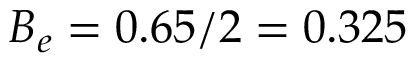
B _ { e } = 0 . 6 5 / 2 = 0 . 3 2 5